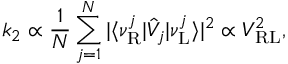
k _ { 2 } \propto \frac { 1 } { N } \sum _ { j = 1 } ^ { N } | \langle \nu _ { \mathrm { R } } ^ { j } | \hat { V } _ { j } | \nu _ { \mathrm { L } } ^ { j } \rangle | ^ { 2 } \propto V _ { \mathrm { R L } } ^ { 2 } ,